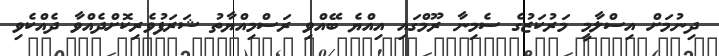
ދިނުމަށް އިސްލާމީ މަރުކަޒުގެ ސެމިނާ ރޫމްގައި އިއްޔެ ބޭއްވި ރަސްމިއްޔާތު ޝަރަފުވެރިކޮށްދެއްވާ ދެއްކެވި